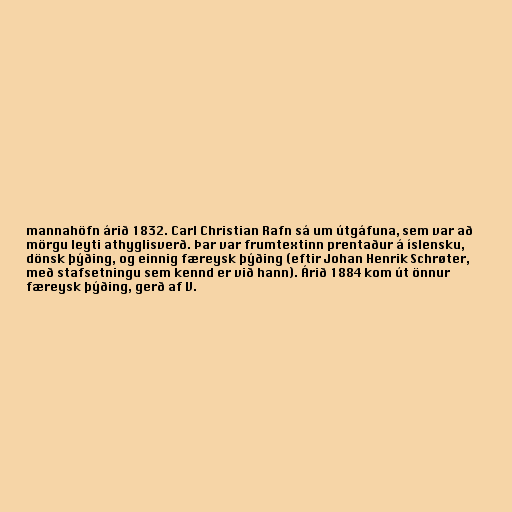
mannahöfn árið 1832. Carl Christian Rafn sá um útgáfuna, sem var að
mörgu leyti athyglisverð. Þar var frumtextinn prentaður á íslensku,
dönsk þýðing, og einnig færeysk þýðing (eftir Johan Henrik Schrøter,
með stafsetningu sem kennd er við hann). Árið 1884 kom út önnur
færeysk þýðing, gerð af V.